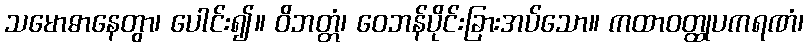
သမောဓာနေတွာ၊ ပေါင်း၍။ ဝိဘတ္တံ၊ ဝေဘန်ပိုင်းခြားအပ်သော။ ကထာဝတ္ထုပကရဏံ၊